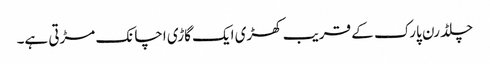
چلڈرن پارک کے قریب کھڑی ایک گاڑی اچانک مڑتی ہے۔